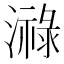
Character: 𤀓